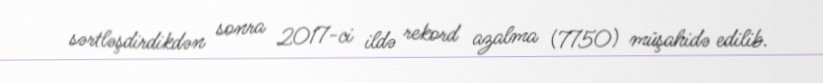
sərtləşdirdikdən sonra 2017-ci ildə rekord azalma (7750) müşahidə edilib.